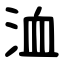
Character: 洫